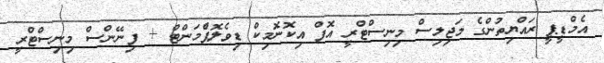
އެމްޑީޕީ ރައްޔިތުންގެ މަޖިލިސް މިނިސްޓްރީ އޮފް އިކޮނޮމިކް ޑިވެލޮޕްެމަންޓް + ފިނޭންސް މިނިސްޓްރީ